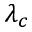
\lambda _ { c }